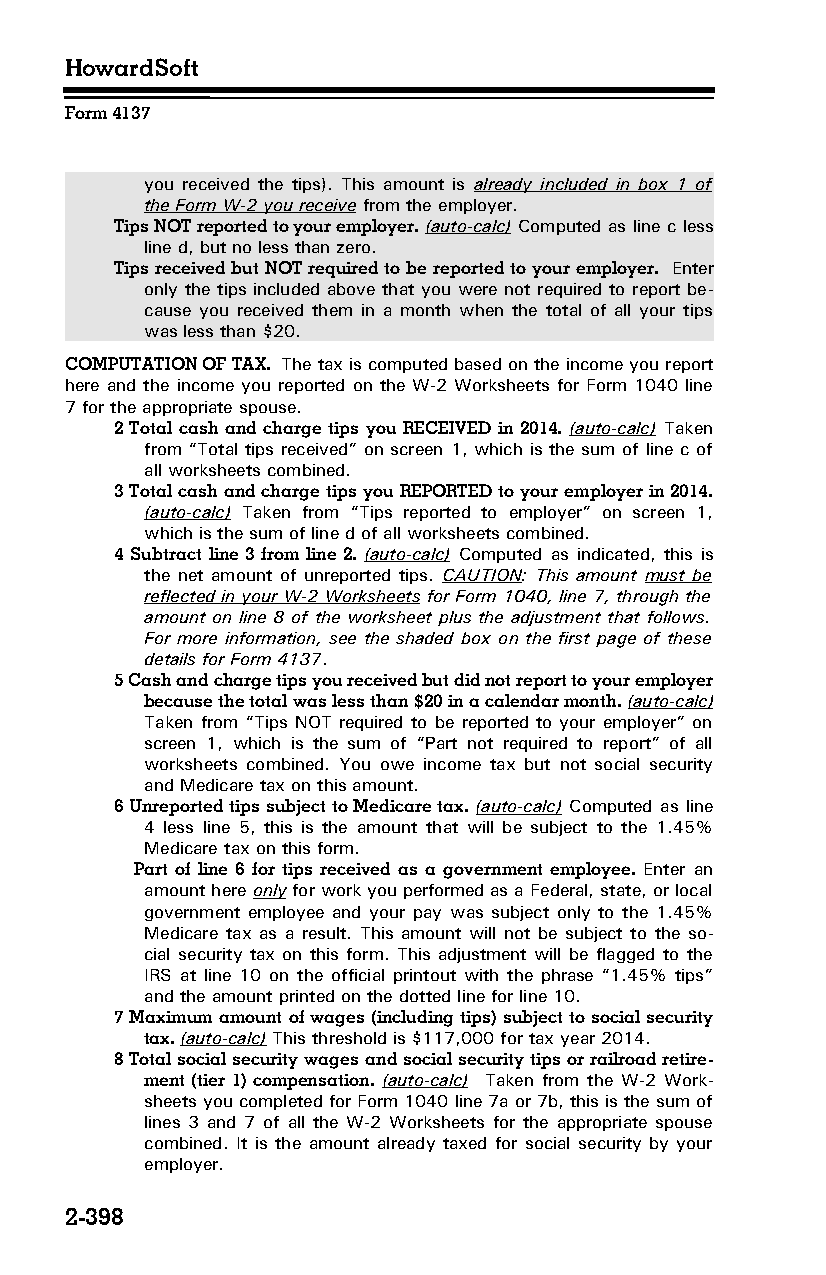
HowardSoft
 Form 4137
 you received the tips). This amount is already included in box 1 of
 the Form W-2 you receive from the employer.
 Tips NOT reported to your employer. (auto-calc) Computed as line c less
 line d, but no less than zero.
 Tips received but NOT required to be reported to your employer. Enter
 only the tips included above that you were not required to report be­
 cause you received them in a month when the total of all your tips
 was less than $20.
 COMPUTATION OF TAX. The tax is computed based on the income you report
 here and the income you reported on the W-2 Worksheets for Form 1040 line
 7 for the appropriate spouse.
 2 Total cash and charge tips you RECEIVED in 2014. (auto-calc) Taken
 from “Total tips received” on screen 1, which is the sum of line c of
 all worksheets combined.
 3 Total cash and charge tips you REPORTED to your employer in 2014.
 (auto-calc) Taken from “Tips reported to employer” on screen 1,
 which is the sum of line d of all worksheets combined.
 4 Subtract line 3 from line 2. (auto-calc) Computed as indicated, this is
 the net amount of unreported tips. CAUTION: This amount must be
 reflected in your W-2 Worksheets for Form 1040, line 7, through the
 amount on line 8 of the worksheet plus the adjustment that follows.
 For more information, see the shaded box on the first page of these
 details for Form 4137.
 5 Cash and charge tips you received but did not report to your employer
 because the total was less than $20 in a calendar month. (auto-calc)
 Taken from “Tips NOT required to be reported to your employer” on
 screen 1, which is the sum of “Part not required to report” of all
 worksheets combined. You owe income tax but not social security
 and Medicare tax on this amount.
 6 Unreported tips subject to Medicare tax. (auto-calc) Computed as line
 4 less line 5, this is the amount that will be subject to the 1.45%
 Medicare tax on this form.
 Part of line 6 for tips received as a government employee. Enter an
 amount here only for work you performed as a Federal, state, or local
 government employee and your pay was subject only to the 1.45%
 Medicare tax as a result. This amount will not be subject to the so­
 cial security tax on this form. This adjustment will be flagged to the
 IRS at line 10 on the official printout with the phrase “1.45% tips”
 and the amount printed on the dotted line for line 10.
 7 Maximum amount of wages (including tips) subject to social security
 tax. (auto-calc) This threshold is $117,000 for tax year 2014.
 8 Total social security wages and social security tips or railroad retire­
 ment (tier 1) compensation. (auto-calc) Taken from the W-2 Work­
 sheets you completed for Form 1040 line 7a or 7b, this is the sum of
 lines 3 and 7 of all the W-2 Worksheets for the appropriate spouse
 combined. It is the amount already taxed for social security by your
 employer.
 2-398